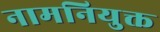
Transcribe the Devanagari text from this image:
नामनियुक्त